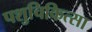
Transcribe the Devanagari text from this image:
पशुचिकित्‍सा